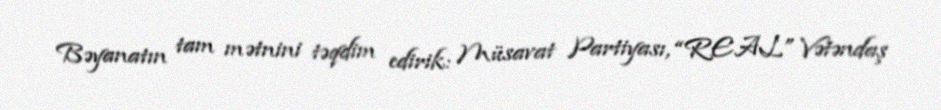
Bəyanatın tam mətnini təqdim edirik: Müsavat Partiyası, “REAL” Vətəndaş